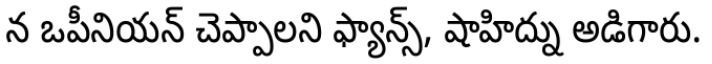
న ఒపీనియన్ చెప్పాలని ఫ్యాన్స్, షాహిద్ను అడిగారు.